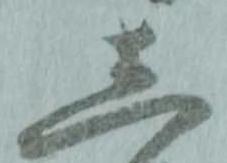
し